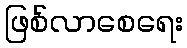
ဖြစ်လာစေရေး